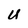
Character: U